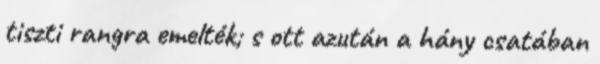
tiszti rangra emelték; s ott azután a hány csatában